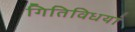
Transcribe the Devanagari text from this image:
गितिविधयां